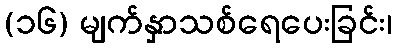
(၁၆) မျက်နှာသစ်ရေပေးခြင်း၊